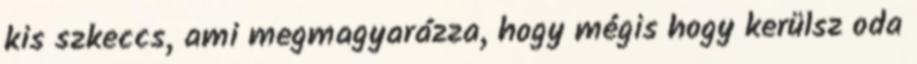
kis szkeccs, ami megmagyarázza, hogy mégis hogy kerülsz oda